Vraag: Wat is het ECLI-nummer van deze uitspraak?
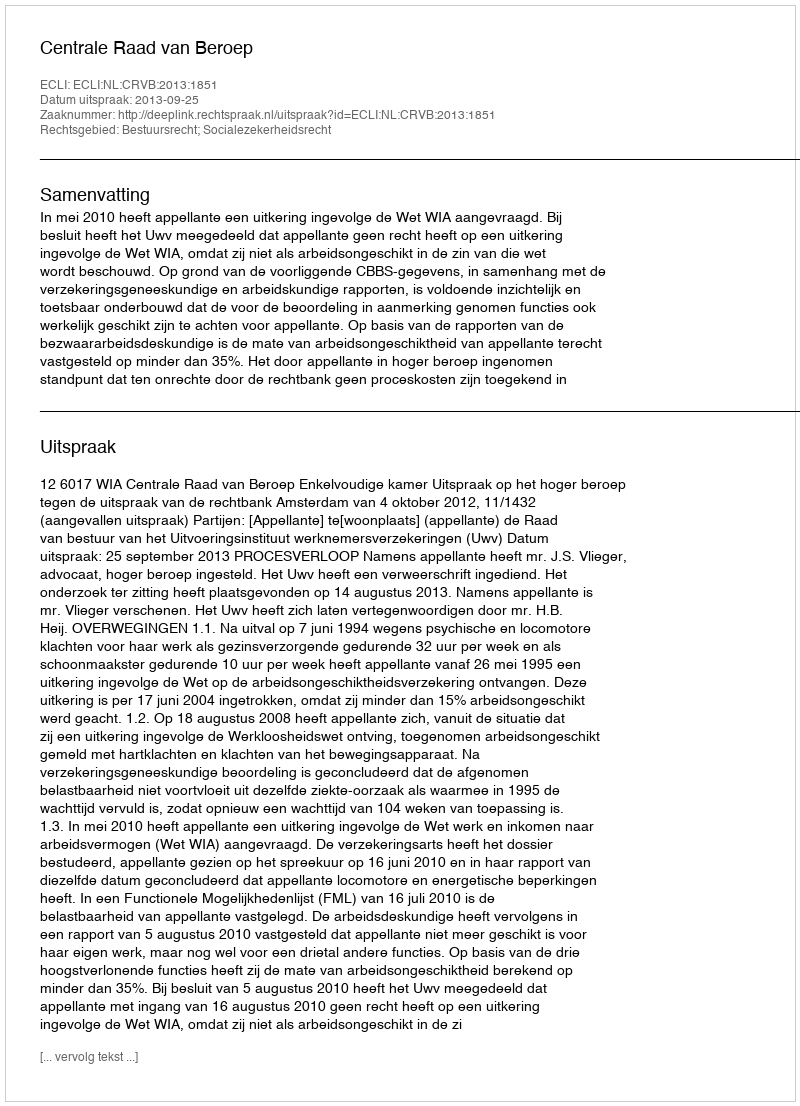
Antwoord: ECLI:NL:CRVB:2013:1851